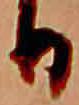
日